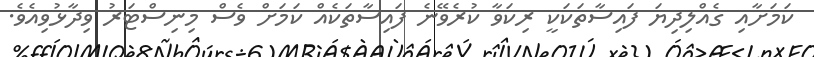
ކަމަށާއި ގެއްލިދިޔަ ފައިސާތަކަކީ ރިކަވާ ކުރެވޭނެ ފައިސާތަކެއް ކަމަށް ވެސް މިނިސްޓަރު ވިދާޅުވިއެވެ.